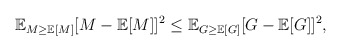
\begin{align*}\mathbb{E}_{M\ge \mathbb{E}[M]}[M-\mathbb{E}[M]]^2\le \mathbb{E}_{G\ge \mathbb{E}[G]}[G-\mathbb{E}[G]]^2,\end{align*}